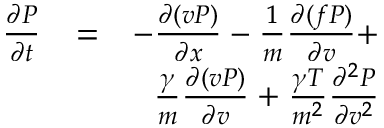
\begin{array} { r l r } { { \frac { \partial P } { \partial t } } } & { = } & { - { \frac { \partial ( v P ) } { \partial x } } - { \frac { 1 } { m } } { \frac { \partial ( f P ) } { \partial v } } + } \\ & { } & { { \frac { \gamma } { m } } { \frac { \partial ( v P ) } { \partial v } } + { \frac { \gamma T } { m ^ { 2 } } } { \frac { \partial ^ { 2 } P } { \partial v ^ { 2 } } } } \end{array}